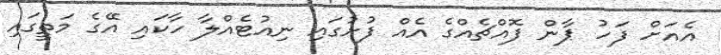
އެއަށް ފަހު ޕާން ފޮއްޗެއްގެ އެއް ފުށުގައި ނިއުޓެއްލާ ހާކައި އޭގެ މަތީގައި